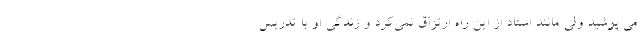
می پوشید ولی مانند استاد از این راه ارتزاق نمی‌کرد و زندگی او با تدریس